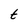
Character: t